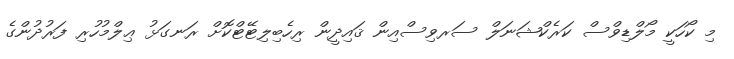
މި ކޯހަކީ މޯލްޑިވްސް ކަރެކްޝަނަލް ސަރވިސްއިން ޤައިދީން ރިހެބިލިޓޭޓްކޮށް ރަނގަޅު ޢިލްމުހުރި ފަރުދުންގެ